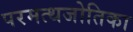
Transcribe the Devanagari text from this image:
परमत्थजोतिका